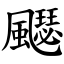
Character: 飋